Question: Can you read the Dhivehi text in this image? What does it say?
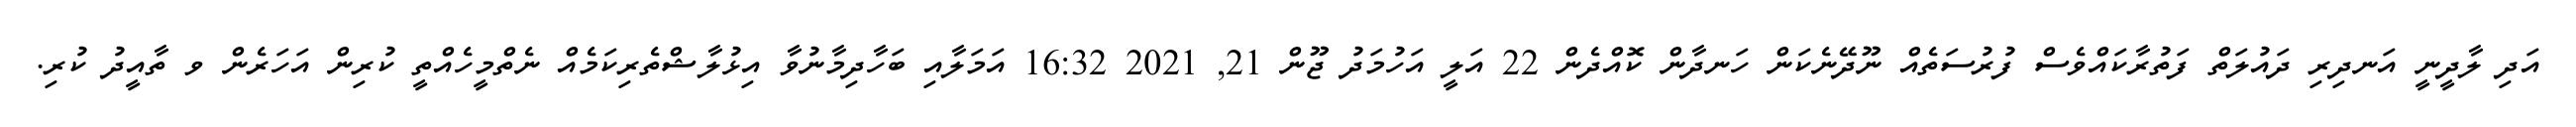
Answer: އަދި ލާދީނީ އަނދިރި ދައުލަތް ފަތުރާކައްވެސް ފުރުސަތެއް ނޫދޭނެކަން ހަނދާން ކޮއްދެން 22 އަލީ އަހުމަދު ޖޫން 21, 2021 16:32 އަމަލާއި ބަހާދިމާނުވާ އިޅުލާޝްތެރިކަމެއް ނެތްމީހެއްތީ ކުރިން އަހަރެން ވ ތާއީދު ކުރި.